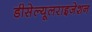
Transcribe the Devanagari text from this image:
डीसेल्यूलराइजेशन